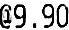
@9.90